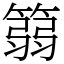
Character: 篛